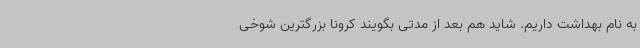
به نام بهداشت داریم. شاید هم بعد از مدتی بگویند کرونا بزرگترین شوخی